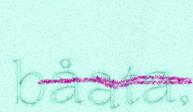
båata,